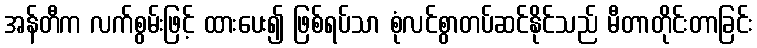
အန်တီက လက်စွမ်းဖြင့် ထားပေး၍ ဖြစ်ရပ်သာ စုံလင်စွာတပ်ဆင်နိုင်သည် မီတာတိုင်းတာခြင်း